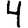
Digit: 4